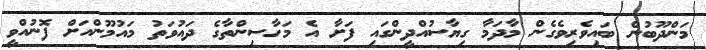
މަންދޫބުން ބައިވެރިވެގެން މާދަމާ ގިޔާސުއްދީންގައި ފަށާ އެ މަހާސިންތާގެ ދައުވަތު މައުމޫންއަށް ފޮނުއްވީ